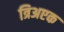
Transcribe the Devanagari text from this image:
त्रिअएक